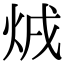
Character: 𤇳